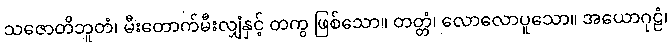
သဇောတိဘူတံ၊ မီးတောက်မီးလျှံနှင့် တကွ ဖြစ်သော။ တတ္တံ၊ လောလောပူသော။ အယောဂုဠံ၊